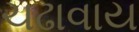
ચઢાવાય